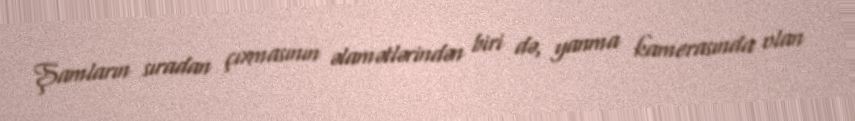
Şamların sıradan çıxmasının əlamətlərindən biri də, yanma kamerasında olan